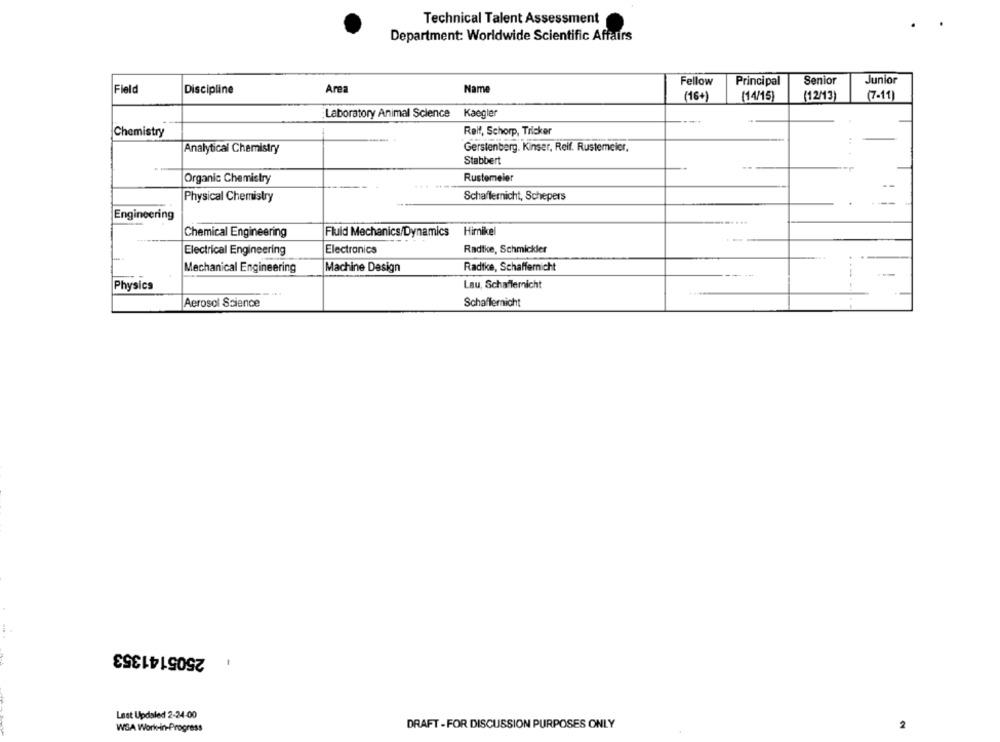
Technical Talent Assessment
Department: Worldwide Scientific Affairs
Fellow
Principal
Senior
Junior
Field
Discipline
Area
Name
(16+)
(14/15)
(12/13)
(7-11)
Laboratory Animal Science Kaegler
Chemistry
Reif, Schorp, Tricker
Gerstenberg. Kinser, Reif. Rustemeier,
Analytical Chemistry
Stabbert
Rustemeler
Organic Chemistry
--
Physical Chemistry
Schaffernicht, Schepers
Engineering
Himikel
Chemical Engineering
Fluid Mechanics/Dynamics
Electrical Engineering
Electronics
Radtke, Schmickler
Radtke, Schaffernicht
Mechanical Engineering
Machine Design
Physics
Lau, Schaflernicht
Aerosol Science
Schaffernicht
2505141353
-
Last Updated 2-24-00
WSA Work-In-Progress
DRAFT - FOR DISCUSSION PURPOSES ONLY
2